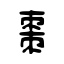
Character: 棗